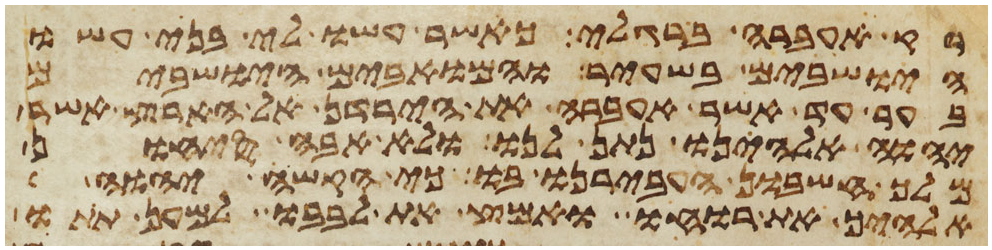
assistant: רק אעברה ברגלי כאשר עשו לי בני עשו
הישבים בשעיר והמואבים הישבים
בער עד אשר אעברה את הירדן אל הארץ אשר
יהוה אלהינו נתן לנו ולא אבה סיחון
מלך חשבון העבירנו בו כי הקשה יהוה
אלהיך את רוחו ואמץ את לבבו למען תתו